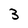
Character: 3